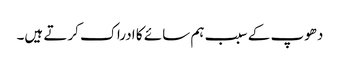
دھوپ کے سبب ہم سائے کا ادراک کرتے ہیں۔